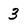
Character: 3